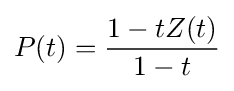
P(t)={\frac {1-tZ(t)}{1-t}}